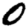
Digit: 0